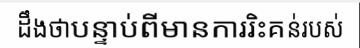
ដឹងថាបន្ទាប់ពីមានការរិះគន់របស់